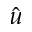
\hat { u }